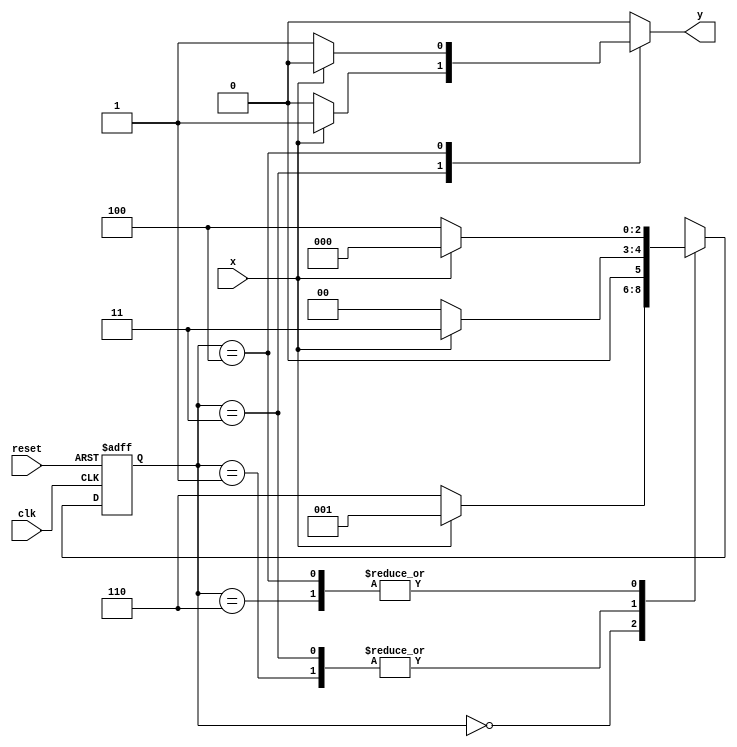
// ---------------------
// guia10_05 - mquina de estados finitos capaz de identificar uma sequncia de trs bits alternados (101) ou (010)
// Nome: Anderson Belchior de Carvalho
// ---------------------

//----------------------------------------
// --module maquina101_010

//----------------------------------------

// constant definitions
`define found    1
`define notfound 0

module maquina101_010 ( y, x, clk, reset );

	output y;
	input  x;
	input  clk;
	input  reset;

	reg    y;

	parameter         // state identifiers 
		start  = 3'b000,
		id1    = 3'b001,
		id10   = 3'b011,
		id0    = 3'b110,
		id01   = 3'b100;

	reg [2:0] E1;	// current state variables
	reg [2:0] E2;	// next state logic output

	// next state logic
   always @( x or E1 )
		begin
		y = `notfound;

		case ( E1 )
			start:
				if ( x )
					E2 = id1;
				else
					E2 = id0;
			id1:
				if ( x )
					E2 = id10;
				else
					E2 = start;
			id10:
				if ( x )
				begin
					E2 =  id10;
					y  = `found;
				end
				else
				begin
					E2 =  start;
					y  = `notfound;
				end
			id0:
				if ( x )
					E2 = start;
				else
					E2 = id01;
			id01:
				if ( x )
				begin
					E2 =  start;
					y  = `notfound;
				end
				else
				begin
					E2 =  id01;
					y  = `found;
				end
			default:   // undefined state
				E2 =  3'bxxx;
		endcase
	  
		end // always at signal or state changing

	// state variables
		always @( posedge clk or negedge reset )
		begin
			if ( reset )
				E1 = E2;    // updates current state
			else
				E1 = 0;     // reset
		end // always at signal changing

endmodule // maquina101_010

//-----------
//--test
//----------
module ex5;
	
	reg   clk, reset, x;
	wire  m1;

	maquina101_010 M5 ( m1, x, clk, reset );

	initial
	begin
		$display("LUIZ MARQUES DE OLIVEIRA");
		$display("Exercicio extra 05");
		$display("\n Time \t\t\tX  \t\t\t Seq 101|010" );

	// initial values
       clk   = 1;
       reset = 0;
       x     = 0;

	// input signal changing
		#10   reset = 1;
		#10  x = 1;
		#10  x = 0;
		#10  x = 0;
		#10  x = 1;
		#10  x = 0;
		#10  x = 1;
		#10  x = 1;
		#10  x = 1;
		#10  x = 1;
		#10  x = 0;
		#10  x = 1;
		#10  x = 1;
		#10  x = 1;
		#10  x = 0;
		#10  x = 1;
		#10  x = 0;
		#10  x = 0;
		#10  x = 0;
		
		#5 $finish;
	
	end // initial

	always
		#5 clk = ~clk;

	always @( posedge clk )
	begin
		$display ( "%4d \t\t \t%b\t\t\t     %b", $time, x, m1);
	end // always at positive edge clocking changing

endmodule //  fim testex5